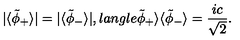
| \langle \tilde { \phi } _ { + } \rangle | = | \langle \tilde { \phi } _ { - } \rangle | , l a n g l e \tilde { \phi } _ { + } \rangle \langle \tilde { \phi } _ { - } \rangle = { \frac { i c } { \sqrt 2 } } .